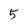
Character: 5